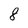
Character: 8